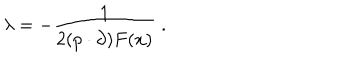
\lambda = - \frac { 1 } { 2 ( p \cdot \partial ) F ( x ) } \; .